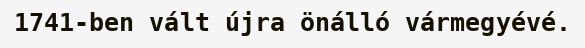
1741-ben vált újra önálló vármegyévé.